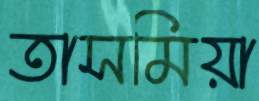
তাসমিয়া